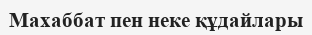
Махаббат пен неке құдайлары